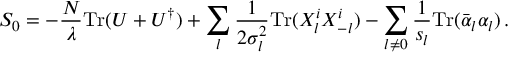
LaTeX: S _ { 0 } = - { \frac { N } { \lambda } } \mathrm { T r } ( U + U ^ { \dagger } ) + \sum _ { l } { \frac { 1 } { 2 \sigma _ { l } ^ { 2 } } } \mathrm { T r } ( X _ { l } ^ { i } X _ { - l } ^ { i } ) - \sum _ { l \not = 0 } { \frac { 1 } { s _ { l } } } \mathrm { T r } ( \bar { \alpha } _ { l } \alpha _ { l } ) \, .